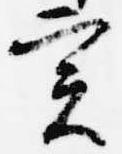
実